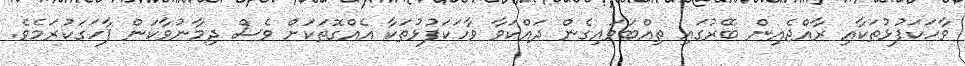
ވާހަކަފުޅުތަކާއި ރާއްޖެއިން ބޭރުގައި ތިއްބަވައިގެން ދައްކަވާ ވާހަކަފުޅުތަކާ އެއްގޮތަކަށް ވެސް ދިމާނުވާކަން ފާހަގަކުރަމެވެ.